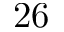
2 6